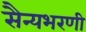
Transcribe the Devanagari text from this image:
सैन्यभरणी